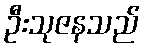
ဦးသုဇနသည်